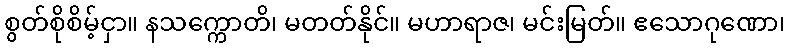
စွတ်စိုစိမ့်ငှာ။ နသက္ကောတိ၊ မတတ်နိုင်။ မဟာရာဇ၊ မင်းမြတ်။ ဧသောဂုဏော၊